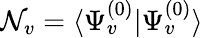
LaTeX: \mathcal{N}_{v}=\langle\Psi_{v}^{(0)}|\Psi_{v}^{(0)}\rangle